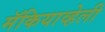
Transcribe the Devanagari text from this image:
मॅकियाव्हेली